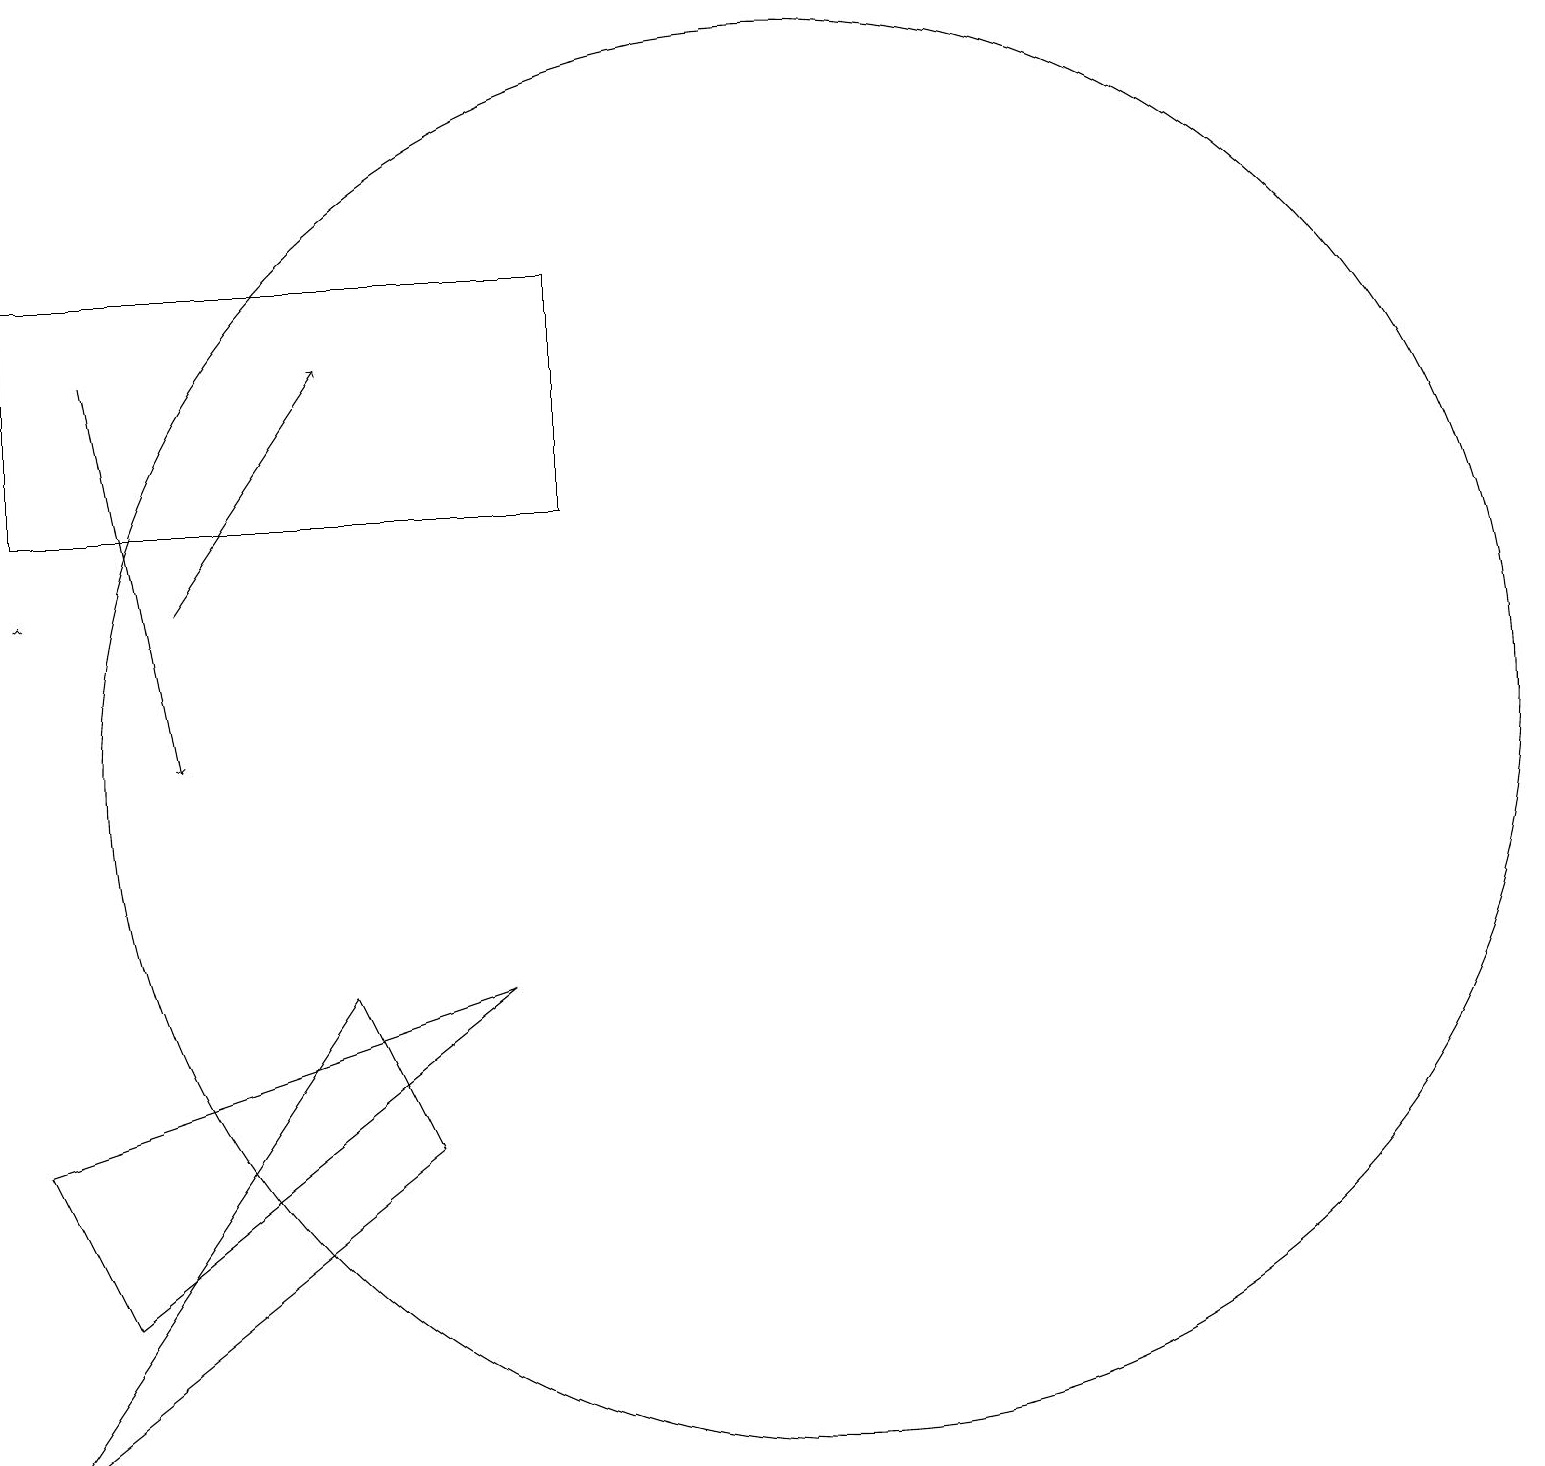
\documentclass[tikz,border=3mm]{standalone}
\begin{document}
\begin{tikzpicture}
\draw[->] (3,17) -- (4,12);
\draw (9,18) rectangle (2,15);
\draw (12,12) circle (9);
\draw[->] (4,14) -- (6,17);
\draw (2,3) -- (6,9) -- (7,7) -- cycle;
\draw[->] (2,14) -- (2,14);
\draw (8,9) -- (2,7) -- (3,5) -- cycle;
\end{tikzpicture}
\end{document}